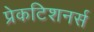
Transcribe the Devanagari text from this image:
प्रेकटिशनर्स